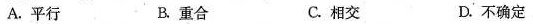
A.平行 B.重合 C.相交 D.不确定